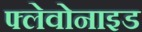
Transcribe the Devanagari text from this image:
फ्लेवोनाइड